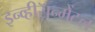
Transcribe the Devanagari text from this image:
इन्व्हीरॅान्मेंटल